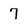
Character: 7